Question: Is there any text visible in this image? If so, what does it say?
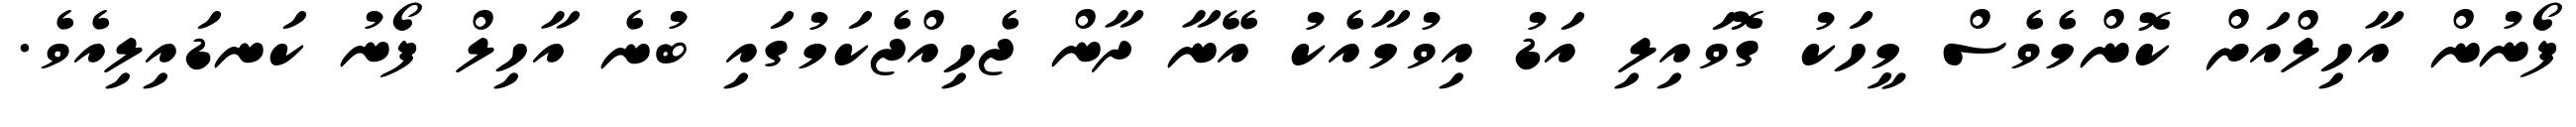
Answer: ފޯނުން އާހިލްއަށް ކޮންމެވެސް މީހަކު ގޮވައިލި އަޑު އިވުމާއެކު އޭނާ ދާން ޖެހިއްޖެކަމުގައި ބުނެ އާހިލް ފޯނު ކަނޑައިލިއެވެ.